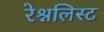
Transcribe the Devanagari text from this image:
रेश्नलिस्ट